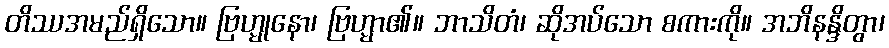
တိဿအမည်ရှိသော။ ဗြဟ္မုနော၊ ဗြဟ္မာ၏။ ဘာသိတံ၊ ဆိုအပ်သော စကားကို။ အဘိနန္ဒိတွာ၊